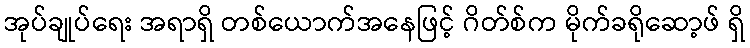
အုပ်ချုပ်ရေး အရာရှိ တစ်ယောက်အနေဖြင့် ဂိတ်စ်က မိုက်ခရိုဆော့ဖ် ရှိ